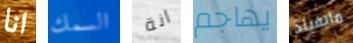
انا السمك انة يهاجم مايفيلد